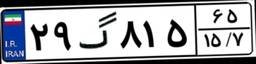
۴۵گ۲۹۰۰۶